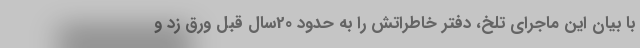
با بیان این ماجرای تلخ، دفتر خاطراتش را به حدود 20سال قبل ورق زد و